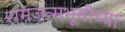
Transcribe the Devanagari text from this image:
रामजन्मभूमीच्या